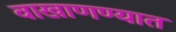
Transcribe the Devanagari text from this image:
वाखाणण्यात